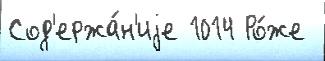
Сод'ержа́н'иjе 1014 Ро́же